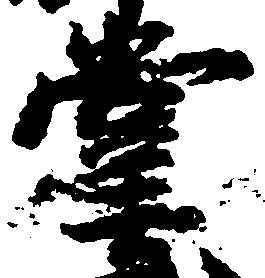
掌